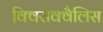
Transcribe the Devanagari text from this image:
क्विसक्वैलिस